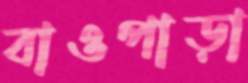
বাওপাড়া